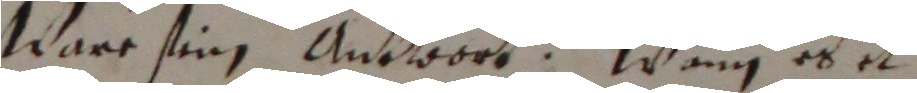
ware sein antwort. Wänn es e